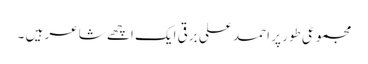
مجموعی طور پر احمد علی برقی ایک اچھے شاعر ہیں ۔